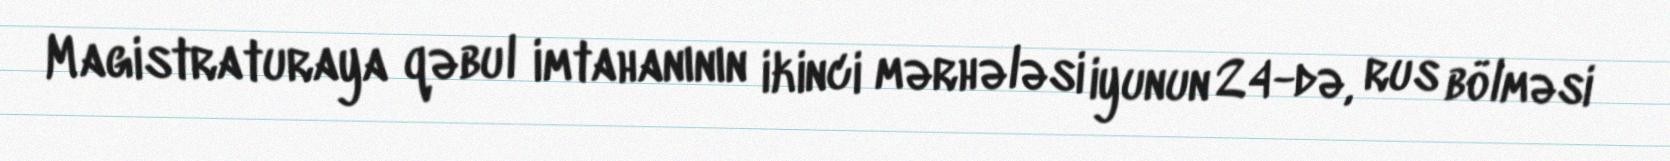
Magistraturaya qəbul imtahanının ikinci mərhələsi iyunun 24-də, rus bölməsi